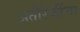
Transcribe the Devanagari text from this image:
अतीरेकींचा